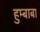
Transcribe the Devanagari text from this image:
हुम्बाबा